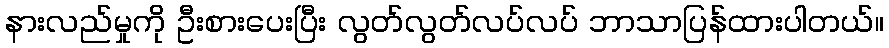
နားလည်မှုကို ဦးစားပေးပြီး လွတ်လွတ်လပ်လပ် ဘာသာပြန်ထားပါတယ်။